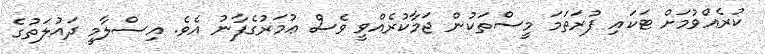
ކުރެއްވުމަށް ޓަކައި ފުރަތަމަ މީސްތަކުން ޖަމާކުރެއްވީ ވެސް ޢުމަރުގެފާނު އެވެ. އިސްލާމީ ދައުލަތުގެ